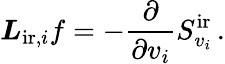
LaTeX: \boldsymbol{L}_{\mathrm{ir},i}f=-\frac{\partial}{\partial v_{i}}S_{v_{i}}^{\mathrm{ir}}\, .